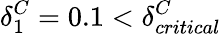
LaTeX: \delta_{1}^{C}=0.1<\delta_{critical}^{C}